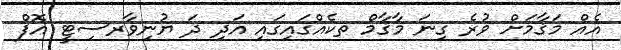
އެއް މަޤާމަށް ވުރެ ގިނަ މާޤާމް ތކެއްގައިގައި އަދި ދަ ޔުނިވާރސިޓީ އޮފް